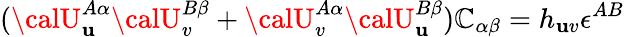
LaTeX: ({\calU}_{\mathbf{u}}^{A\alpha}{\calU}_{v}^{B\beta}+{\calU}_{v}^{A\alpha}{\calU}_{\mathbf{u}}^{B\beta})\mathbb{C}_{\alpha\beta}=h_{\mathbf{u}v}\epsilon^{AB}